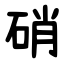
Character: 硝